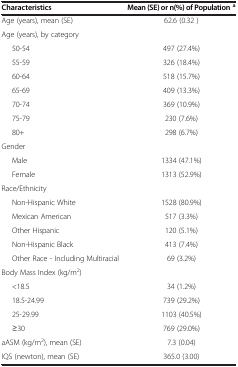
<table><thead><tr><td><b>Characteristics</b></td><td><b>Mean (SE) or n(%) of Population <sup>a</sup></b></td></tr></thead><tbody><tr><td>Age (years), mean (SE)</td><td rowspan="2">62.6 (0.32 )</td></tr><tr><td>Age (years), by category</td></tr><tr><td>50-54</td><td>497 (27.4%)</td></tr><tr><td>55-59</td><td>326 (18.4%)</td></tr><tr><td>60-64</td><td>518 (15.7%)</td></tr><tr><td>65-69</td><td>409 (13.3%)</td></tr><tr><td>70-74</td><td>369 (10.9%)</td></tr><tr><td>75-79</td><td>230 (7.6%)</td></tr><tr><td>80+</td><td>298 (6.7%)</td></tr><tr><td colspan="2">Gender</td></tr><tr><td>Male</td><td>1334 (47.1%)</td></tr><tr><td>Female</td><td>1313 (52.9%)</td></tr><tr><td colspan="2">Race/Ethnicity</td></tr><tr><td>Non-Hispanic White</td><td>1528 (80.9%)</td></tr><tr><td>Mexican American</td><td>517 (3.3%)</td></tr><tr><td>Other Hispanic</td><td>120 (5.1%)</td></tr><tr><td>Non-Hispanic Black</td><td>413 (7.4%)</td></tr><tr><td>Other Race - Including Multiracial</td><td>69 (3.2%)</td></tr><tr><td colspan="2">Body Mass Index (kg/m<sup>2</sup>)</td></tr><tr><td>&lt;18.5</td><td>34 (1.2%)</td></tr><tr><td>18.5-24.99</td><td>739 (29.2%)</td></tr><tr><td>25-29.99</td><td>1103 (40.5%)</td></tr><tr><td>≥30</td><td>769 (29.0%)</td></tr><tr><td>aASM (kg/m<sup>2</sup>), mean (SE)</td><td>7.3 (0.04)</td></tr><tr><td>IQS (newton), mean (SE)</td><td>365.0 (3.00)</td></tr></tbody></table>